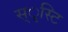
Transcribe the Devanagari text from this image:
स्ृस्टि